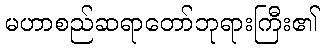
မဟာစည်ဆရာတော်ဘုရားကြီး၏